Annual administration report of the Civil Veterinary Department of India - 1894-1895
Year: 1894
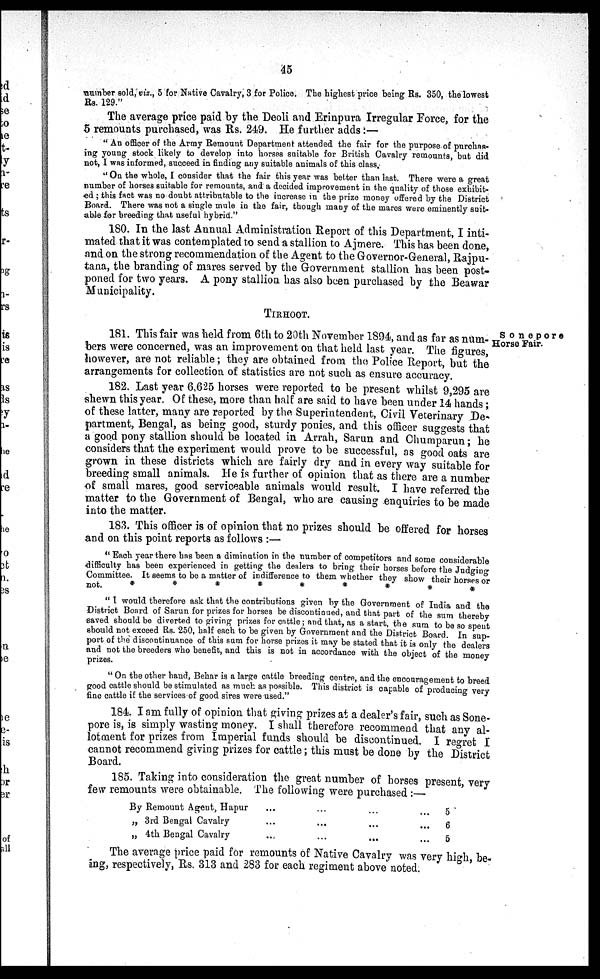
45
number sold, viz., 5 for Native Cavalry, 3 for Police. The highest price being Rs. 350, the lowest
Rs. 129."
The average price paid by the Deoli and Erinpura Irregular Force, for the
5 remounts purchased, was Rs. 249. He further adds:—
" An officer of the Army Remount Department attended the fair for the purpose of purchas-
ing young stock likely to develop into horses suitable for British Cavalry remounts, but did
not, I was informed, succeed in finding any suitable animals of this class,
" On the whole, I consider that the fair this year was better than last. There were a great
number of horses suitable for remounts, and a decided improvement in the quality of those exhibit-
ed ; this fact was no doubt attributable to the increase in the prize money offered by the District
Board. There was not a single mule in the fair, though many of the mares were eminently suit-
able for breeding that useful hybrid."
180. In the last Annual Administration Report of this Department, I inti-
mated that it was contemplated to send a stallion to Ajmere. This has been done,
and on the strong recommendation of the Agent to the Governor-General, Rajpu-
tana, the branding of mares served by the Government stallion has been post-
poned for two years. A pony stallion has also been purchased by the Beawar
Municipality.
TIRHOOT.
Sonepore
Horse Fair.
181. This fair was held from 6th to 20th November 1894, and as far as num-
bers were concerned, was an improvement on that held last year. The figures,
however, are not reliable; they are obtained from the Police Report, but the
arrangements for collection of statistics are not such as ensure accuracy.
182. Last year 6,625 horses were reported to be present whilst 9,295 are
shewn this year. Of these, more than half are said to have been under 14 hands ;
of these latter, many are reported by the Superintendent, Civil Veterinary De-
partment, Bengal, as being good, sturdy ponies, and this officer suggests that
a good pony stallion should be located in Arrah, Sarun and Chumparun; he
considers that the experiment would prove to be successful, as good oats are
grown in these districts which are fairly dry and in every way suitable for
breeding small animals. He is further of opinion that as there are a number
of small mares, good serviceable animals would result. I have referred the
matter to the Government of Bengal, who are causing enquiries to be made
into the matter.
183. This officer is of opinion that no prizes should be offered for horses
and on this point reports as follows :—
" Each year there has been a diminution in the number of competitors and some considerable
difficulty has been experienced in getting the dealers to bring their horses before the Judging
Committee. It seems to be a matter of indifference to them whether they show their horses or
not.
*
*
*
*
*
*
*
*
" I would therefore ask that the contributions given by the Government of India and the
District Board of Sarun for prizes for horses be discontinued, and that part of the sum thereby
saved should be diverted to giving prizes for cattle; and that, as a start, the sum to be so spent
should not exceed Rs. 250, half each to be given by Government and the District Board In sup-
port of the discontinuance of this sum for horse prizes it may be stated that it is only the dealers
and not the breeders who benefit, and this is not in accordance with the object of the money
prizes.
" On the other hand, Behar is a large cattle breeding centre, and the encouragement to breed
good cattle should be stimulated as much as possible. This district is capable of producing very
fine cattle if the services of good sires were used."
184. I am fully of opinion that giving prizes at a dealer's fair, such as Sone-
pore is, is simply wasting money. I shall therefore recommend that any al-
lotment for prizes from Imperial funds should be discontinued I regret I
cannot recommend giving prizes for cattle; this must be done by the District
Board.
185. Taking into consideration the great number of horses present very
few remounts were obtainable. The following were purchased
:—
By Remount Agent, Hapur
„ 3rd Bengal Cavalry
„ 4th Bengal Cavalry
...
...
...
...
...
...
...
...
...
...
...
...
5
6
5
The average price paid for remounts of Native Cavalry was very high be
ing, respectively, Rs. 313 and 283 for each regiment above noted.